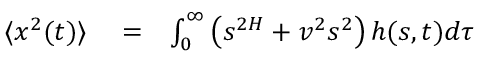
\begin{array} { r l r } { \langle x ^ { 2 } ( t ) \rangle } & { { } = } & { \int _ { 0 } ^ { \infty } \left( s ^ { 2 H } + v ^ { 2 } s ^ { 2 } \right) h ( s , t ) d \tau } \end{array}